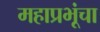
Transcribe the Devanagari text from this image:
महाप्रभूंचा